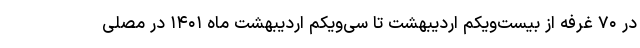
در ۷۰ غرفه از بیست‌ویکم اردیبهشت تا سی‌ویکم اردیبهشت ماه ۱۴۰۱ در مصلی